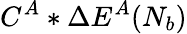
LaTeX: C^{A}*\Delta E^{A}(N_{b})